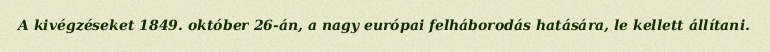
A kivégzéseket 1849. október 26-án, a nagy európai felháborodás hatására, le kellett állítani.